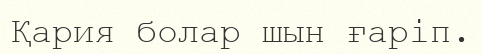
Қария болар шын ғаріп.